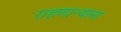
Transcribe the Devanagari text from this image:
राहणार्‍याना